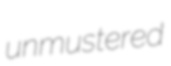
unmustered